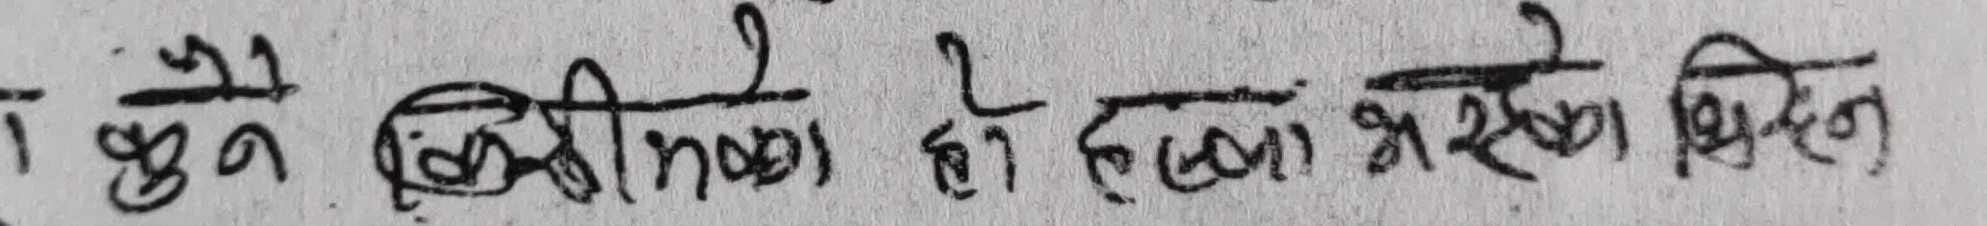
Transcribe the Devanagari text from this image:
कुनै किसीमको हो हलका भस्कदा खिच्न